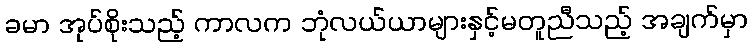
ခမာ အုပ်စိုးသည့် ကာလက ဘုံလယ်ယာများနှင့်မတူညီသည့် အချက်မှာ